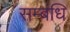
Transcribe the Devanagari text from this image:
सम्बंधि